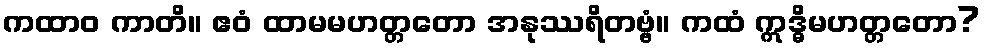
ကထာဝ ကာတိ။ ဧဝံ ထာမမဟတ္တတော အနုဿရိတဗ္ဗံ။ ကထံ ဣဒ္ဓိမဟတ္တတော?